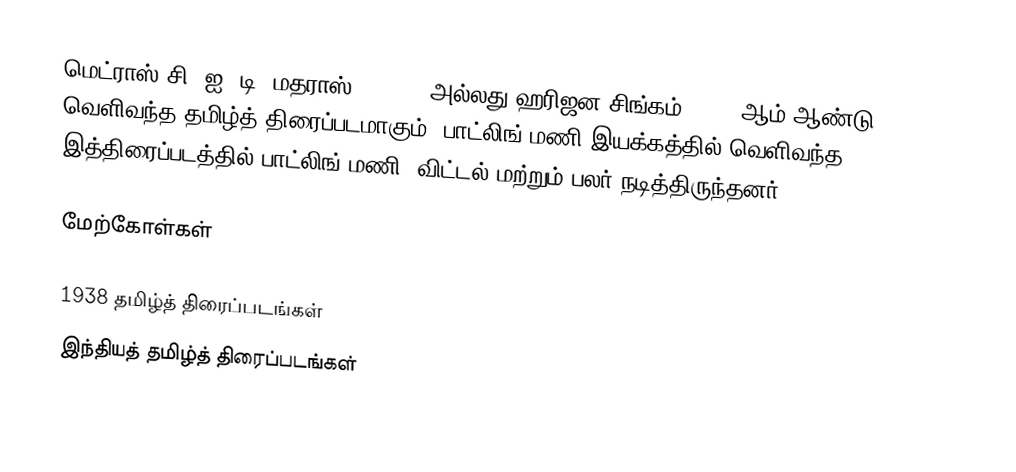
மெட்ராஸ் சி. ஐ. டி (மதராஸ் C.I.D) (அல்லது ஹரிஜன சிங்கம்) 1938 ஆம் ஆண்டு வெளிவந்த தமிழ்த் திரைப்படமாகும். பாட்லிங் மணி இயக்கத்தில் வெளிவந்த இத்திரைப்படத்தில் பாட்லிங் மணி, விட்டல் மற்றும் பலர் நடித்திருந்தனர்.

மேற்கோள்கள்

1938 தமிழ்த் திரைப்படங்கள்
இந்தியத் தமிழ்த் திரைப்படங்கள்